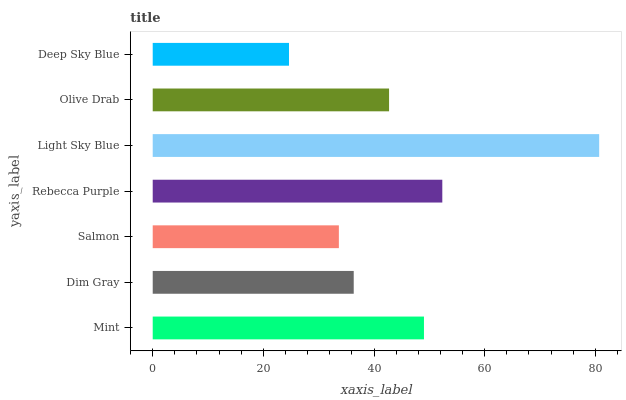
| yaxis_label | bars |
 | --- | --- |
 | Mint | 49 |
 | Dim Gray | 36.3 |
 | Salmon | 33.6 |
 | Rebecca Purple | 52.3 |
 | Light Sky Blue | 80.7 |
 | Olive Drab | 42.7 |
 | Deep Sky Blue | 24.6 |